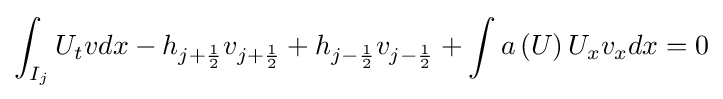
\int _{I_{j}}U_{t}vdx-h_{j+{\frac {1}{2}}}v_{j+{\frac {1}{2}}}+h_{j-{\frac {1}{2}}}v_{j-{\frac {1}{2}}}+\int a\left(U\right)U_{x}v_{x}dx=0